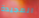
المجيدة